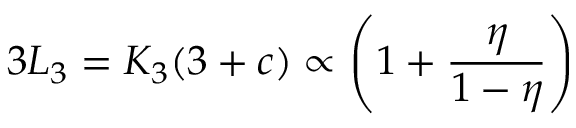
3 L _ { 3 } = K _ { 3 } ( 3 + c ) \propto \left( 1 + \frac { \eta } { 1 - \eta } \right)